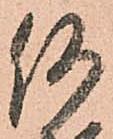
何